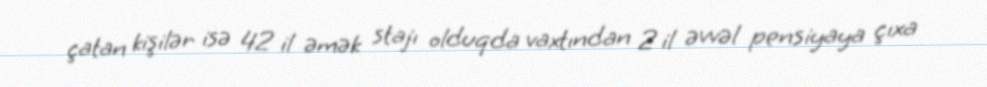
çatan kişilər isə 42 il əmək stajı olduqda vaxtından 2 il əvvəl pensiyaya çıxa